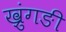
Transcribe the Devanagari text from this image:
ख्रुंगङी